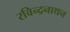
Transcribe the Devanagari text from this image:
रविन्द्रनाथन